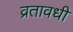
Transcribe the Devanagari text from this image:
व्रतावधी